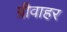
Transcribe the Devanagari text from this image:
ग्रीवाहर